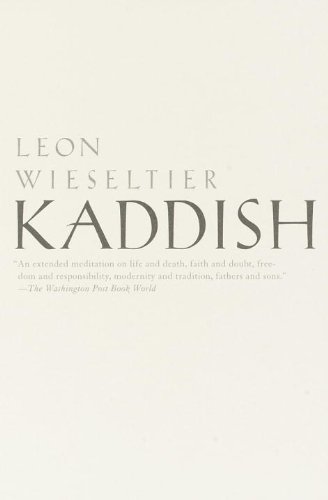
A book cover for Kaddish; Leon Wieseltier; Biographies & Memoirs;